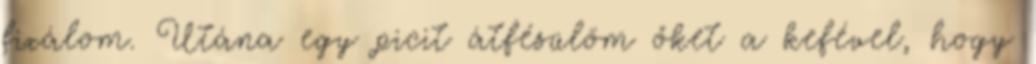
fixálom. Utána egy picit átfésülöm őket a kefével, hogy